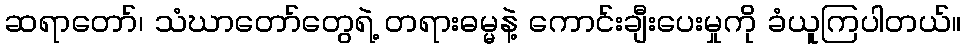
ဆရာတော်၊ သံဃာတော်တွေရဲ့ တရားဓမ္မနဲ့ ကောင်းချီးပေးမှုကို ခံယူကြပါတယ်။